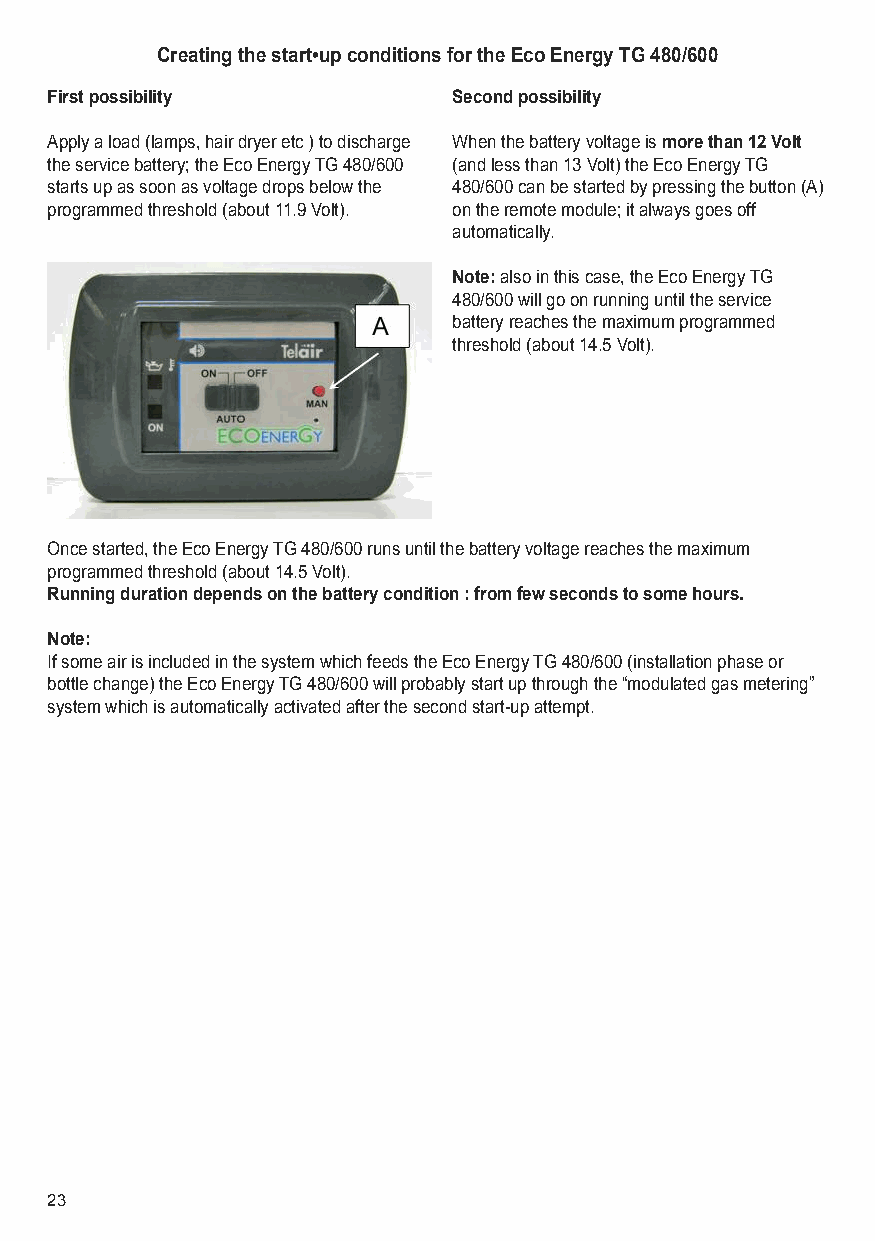
Creating the start•up conditions for the Eco Energy TG 480/600
 First possibility          Second possibility
 Apply a load (lamps, hair dryer etc ) to discharge When the battery voltage ismore than 12 Volt
 the service battery; the Eco Energy TG 480/600 (and less than 13 Volt) the Eco Energy TG
 starts up as soon as voltage drops below the 480/600 can be started by pressing the button (A)
 programmed threshold (about 11.9 Volt). on the remote module; it always goes off
 automatically.
 Note: also in this case, the Eco Energy TG
 480/600 will go on running until the service
 battery reaches the maximum programmed
 threshold (about 14.5 Volt).
 Once started, the Eco Energy TG 480/600 runs until the battery voltage reaches the maximum
 programmed threshold (about 14.5 Volt).
 Running duration depends on the battery condition : from few seconds to some hours.
 Note:
 If some air is included in the system which feeds the Eco Energy TG 480/600 (installation phase or
 bottle change) the Eco Energy TG 480/600 will probably start up through the “modulated gas metering”
 system which is automatically activated after the second start-up attempt.
 23